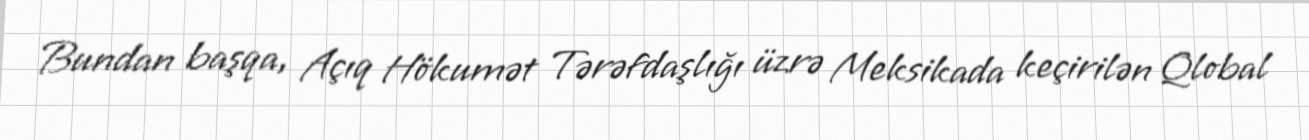
Bundan başqa, Açıq Hökumət Tərəfdaşlığı üzrə Meksikada keçirilən Qlobal